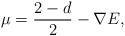
\begin{align*}\mu=\frac{2-d}{2}-\nabla E,\end{align*}